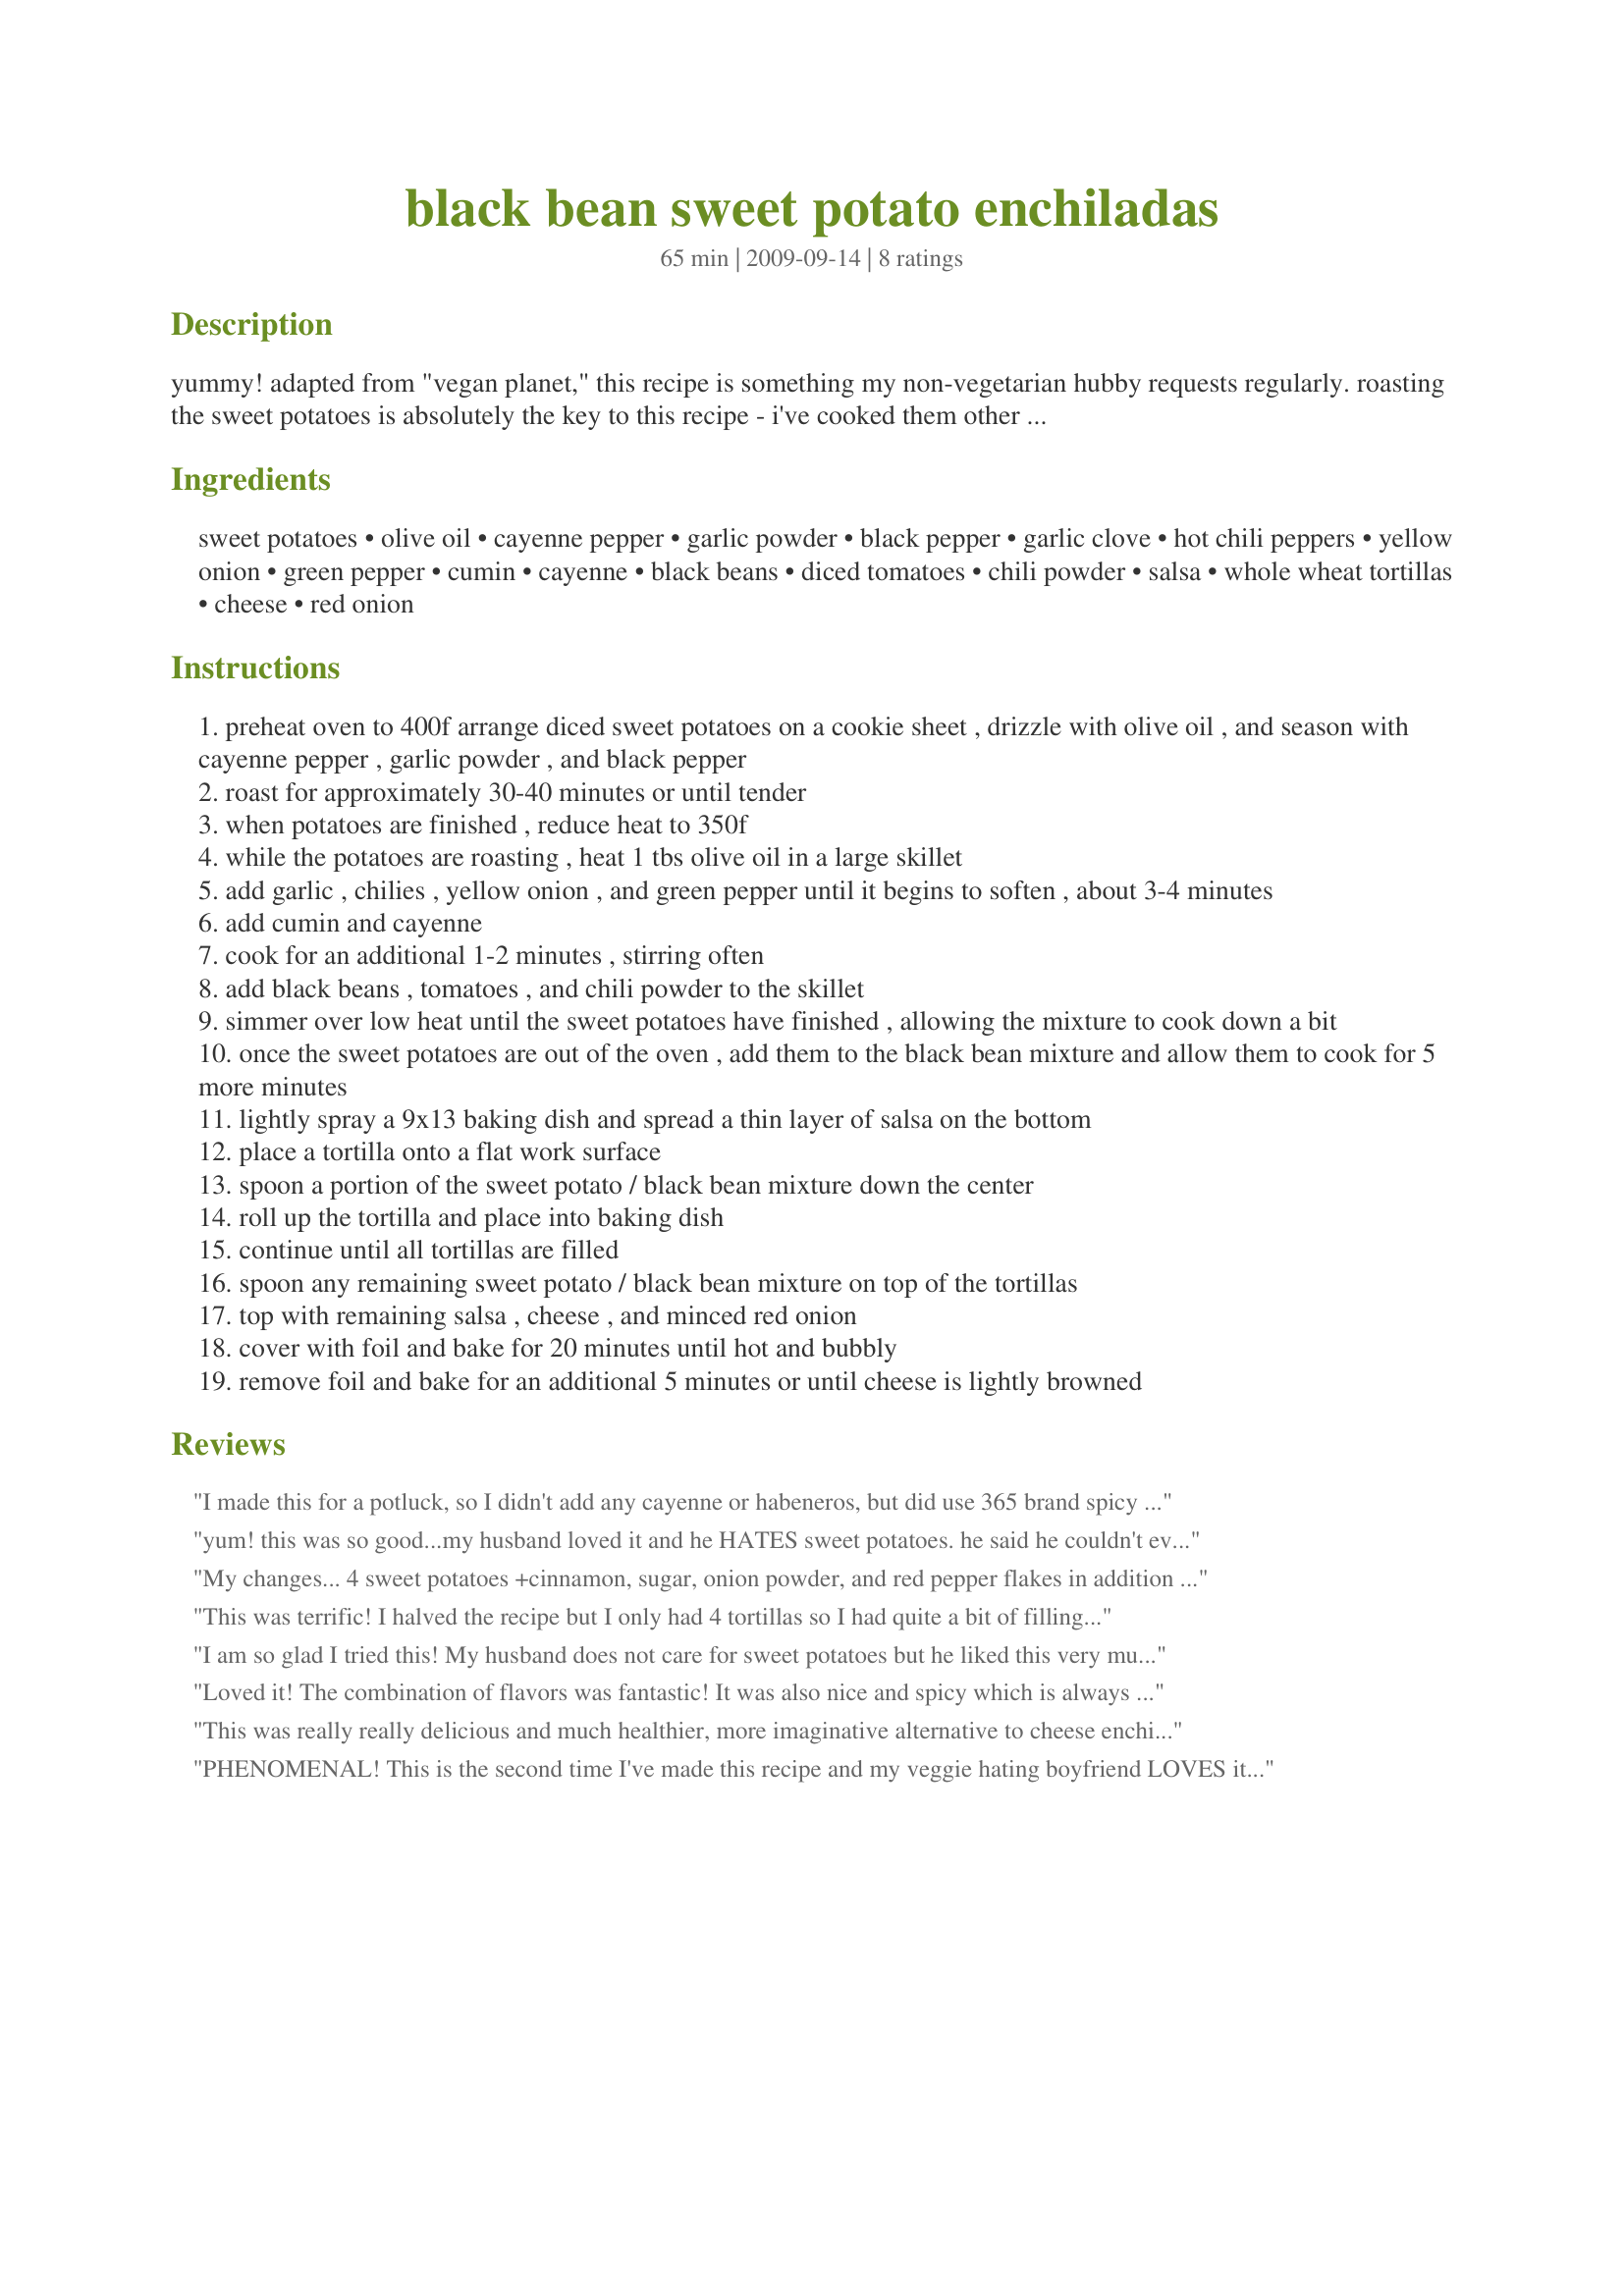
black bean sweet potato enchiladas
Preparation time: 65 minutes

yummy! adapted from "vegan planet," this recipe is something my non-vegetarian hubby requests regularly. roasting the sweet potatoes is absolutely the key to this recipe - i've cooked them other ways before and it turns out much less flavorful. it looks like a lot of ingredients, but it goes together quickly and makes great left overs too! in the future, i plan to try substituting homemade enchilada sauce for the salsa and more tomatoes. **update: as some of the reviewers have noted, the cayenne pepper makes this a pretty spicy number! you may want to add less if you don't like the heat.

Ingredients:
sweet potatoes, olive oil, cayenne pepper, garlic powder, black pepper, garlic clove, hot chili peppers, yellow onion, green pepper, cumin, cayenne, black beans, diced tomatoes, chili powder, salsa, whole wheat tortillas, cheese, red onion

Steps:
preheat oven to 400f arrange diced sweet potatoes on a cookie sheet , drizzle with olive oil , and season with cayenne pepper , garlic powder , and black pepper
roast for approximately 30-40 minutes or until tender
when potatoes are finished , reduce heat to 350f
while the potatoes are roasting , heat 1 tbs olive oil in a large skillet
add garlic , chilies , yellow onion , and green pepper until it begins to soften , about 3-4 minutes
add cumin and cayenne
cook for an additional 1-2 minutes , stirring often
add black beans , tomatoes , and chili powder to the skillet
simmer over low heat until the sweet potatoes have finished , allowing the mixture to cook down a bit
once the sweet potatoes are out of the oven , add them to the black bean mixture and allow them to cook for 5 more minutes
lightly spray a 9x13 baking dish and spread a thin layer of salsa on the bottom
place a tortilla onto a flat work surface
spoon a portion of the sweet potato / black bean mixture down the center
roll up the tortilla and place into baking dish
continue until all tortillas are filled
spoon any remaining sweet potato / black bean mixture on top of the tortillas
top with remaining salsa , cheese , and minced red onion
cover with foil and bake for 20 minutes until hot and bubbly
remove foil and bake for an additional 5 minutes or until cheese is lightly browned

Reviews:
I made this for a potluck, so I didn't add any cayenne or habeneros, but did use 365 brand spicy black beans instead of regular black beans. I also used corn tortillas instead of flour. It was a great hit! Several people asked for the recipe and it disappeared quickly. I don't think many meat eaters realized that this was the vegetarian dish at the event! ;) Also, my 13 month old daughter ate 3 bowls of the filling! A big thumbs up from her too!
yum! this was so good...my husband loved it and he HATES sweet potatoes. he said he couldn't even tell they were in there (i could tell....they were yummy).
it is spicy...but that makes it so good!
My changes... 4 sweet potatoes +cinnamon, sugar, onion powder, and red pepper flakes in addition to cayenne and garlic powder No red onion, green pepper, chili peppers or cheese 1 can Roma tomatoes with chilies Corn tortillas Restaurant style Pace Picante Upped all the spices Guac at the end So good!!!!!
This was terrific! I halved the recipe but I only had 4 tortillas so I had quite a bit of filling left. It was so good, I may just make the filling next time and skip the tortillas.
I am so glad I tried this! My husband does not care for sweet potatoes but he liked this very much. It helps to chop them up fairly small (less big chunks) for those who don't love sweet potatoes and this also helps them roast faster. We substituted white corn tortillas and topped with red enchilada sauce and cilantro. I was out of cayenne so I used chipotle powder which tasted very good with the other flavors. Also, we did not used Turkey since we are vegatarian. I think this would be excellent with a mole sauce. Thanks for posting it!
Loved it! The combination of flavors was fantastic! It was also nice and spicy which is always a plus in my house! I added some fresh cilantro when it was served. We will definitely make this again. Thanks~
This was really really delicious and much healthier, more imaginative alternative to cheese enchiladas (what i usually make as a vegetarian). As others suggested, I scaled back the cayenne. I also thought it was a little dry, but that's nothing some extra salsa or enchilada sauce on top can't fix. The flavor that really stood out was the filling! Will make again!
PHENOMENAL! This is the second time I've made this recipe and my veggie hating boyfriend LOVES it! We eat all the leftovers. The only thing I did differently was use only a sprinkle or two of the cayenne since it was too hot for us and added a sprinkle of cheese inside the enchiladas and a little more on top. This one is definitely a keeper and will be a staple in our home!
